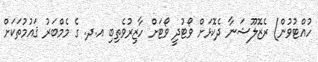
ހުއްޓުވުން) ރެޒޮލޫޝަނާ ދެކޮޅަށް ވޯޓުދީ ވޯޓަށް ހާޒިރުވެތިބި އ.ދ. ގެ މެމްބަރު ޤައުމުތަކަށް